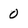
Character: 0